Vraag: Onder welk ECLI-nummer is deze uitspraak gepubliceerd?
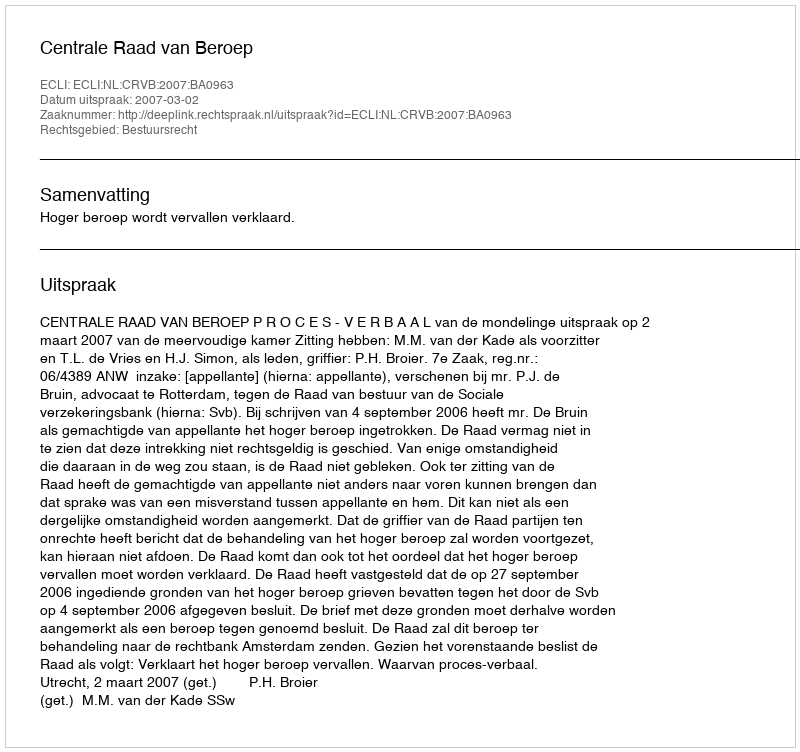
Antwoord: ECLI:NL:CRVB:2007:BA0963